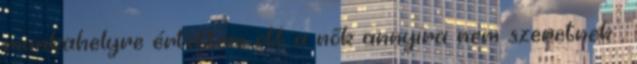
munkahelyre értettem ott a nők annyira nem szeretnek ,